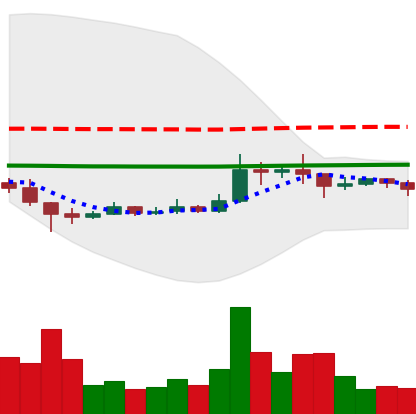
Ticker: XRP-USD
Chart end date: 2021-01-15
Forward return: 5.746%
Label: up_5_7